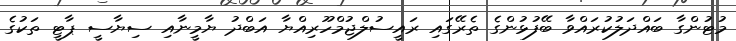
މުޓުންގާ ބައްދަލުކުރައްވާ ބޭފުޅުންގެ ތެރޭގައި ރައީސުލްޖުމްހޫރިއްޔާ އަބްދު ޔާމީނާއި ސިޔާސީ ޕާޓީ ތަކުގެ